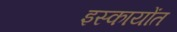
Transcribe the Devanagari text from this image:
इस्कायोंत